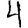
Digit: 4